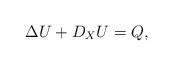
LaTeX: \begin{align*}\Delta U+D_XU=Q,\end{align*}